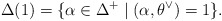
\begin{align*}\Delta(1)=\{\alpha\in\Delta^+\mid (\alpha, \theta^{\vee})=1\}.\end{align*}